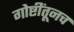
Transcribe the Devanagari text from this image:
गोष्टींतूनच